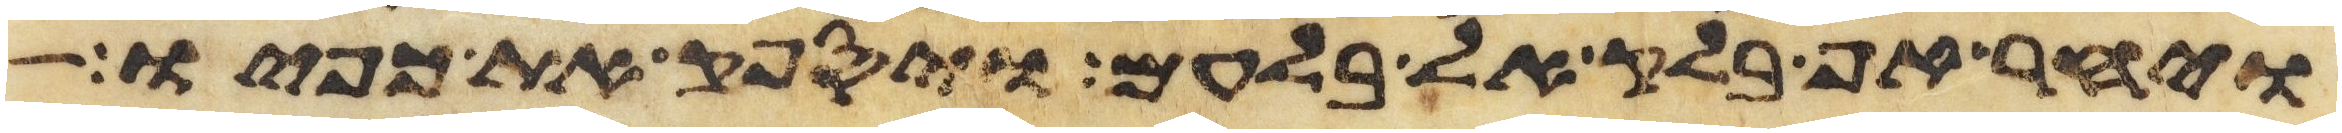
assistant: ויחר אף בלק אל בלעם ויספק את כפיו